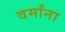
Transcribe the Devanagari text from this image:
वर्मांना